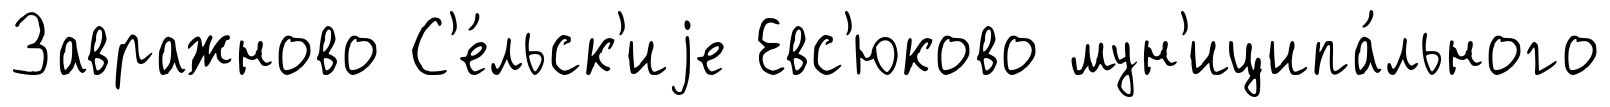
Завражново С'е́льск'иjе Евс'юково мун'иципа́льного